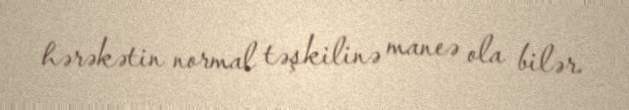
hərəkətin normal təşkilinə maneə ola bilər.